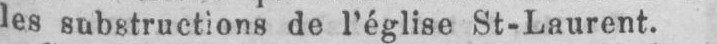
les substructions de l’église St-Laurent.